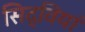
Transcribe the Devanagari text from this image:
सिद्वियां